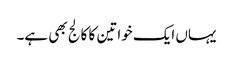
یہاں ایک خواتین کا کالج بھی ہے۔